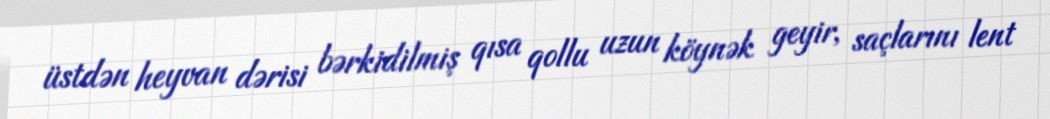
üstdən heyvan dərisi bərkidilmiş qısa qollu uzun köynək geyir, saçlarını lent